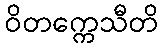
ဝိတက္ကေသီတိ